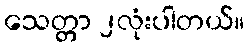
သေတ္တာ ၂လုံးပါတယ်။